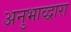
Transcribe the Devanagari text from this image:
अनुभाव्द्वारा